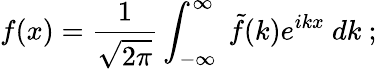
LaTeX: f(x)={\frac{1}{\sqrt{2\pi}}}\int_{-\infty}^{\infty}\ {\tilde{f}}(k)e^{ikx}\ dk\ ;